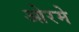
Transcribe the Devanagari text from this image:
ओरमे